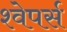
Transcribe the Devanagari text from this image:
श्वेपर्स